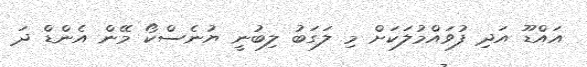
އައްޑޫ އަދި ފުވައްމުލަކަށް މި ލަގަބު ލިބުނީ ޔުނެސްކޯ މޭން އެންޑް ދަ